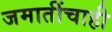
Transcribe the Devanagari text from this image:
जमातींचाही